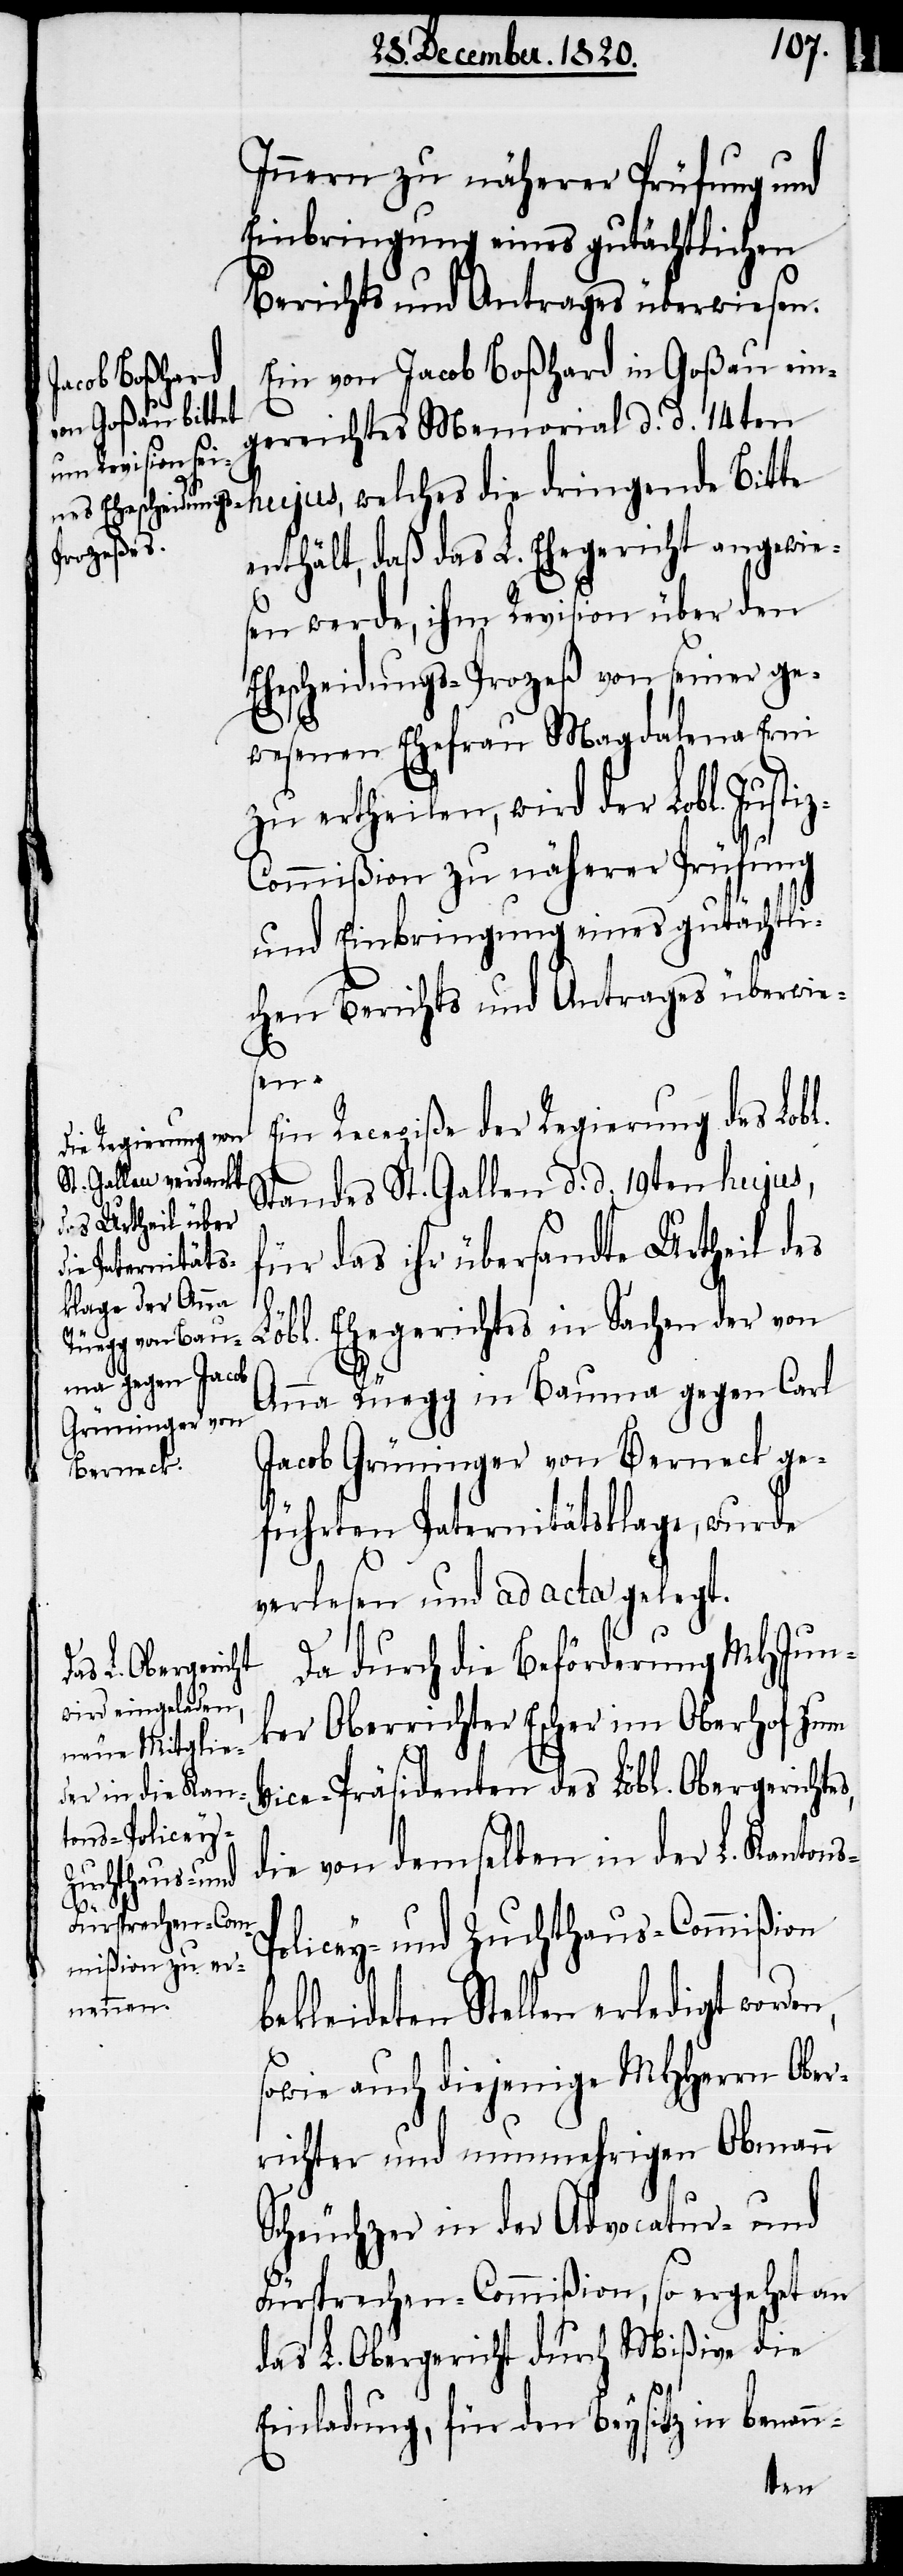
Innern näherer Prüfung und
Einbringung eines gutächtlichen
Berichts und Antrages überwiesen.
Ein von Jacob Boßhard in Goßau ein¬
gereichtes Memorial d. d. 14ten
hujus, welches die dringende Bitte
enthält, daß das L. Ehegericht angewie¬
sen werde, ihm Revision über den
Ehescheidungs-Prozeß von seiner ge¬
wesenen Ehefrau Magdalena Erni
zu ertheilen, wird der Lobl. Justi¬
z-Commißion zu näherer Prüfung
und Einbringung eines gutächtli¬
chen Berichts und Antrages überwies¬
n-
Ein Recepiße der Regierung des Lobl.
Standes St. Gallen d. d. 19ten hujus,
für das ihr übersandte Urtheil d¬
s-P¬
es Löbl. Ehegerichtes in Sachen der von
Anna Rüegg in Bauma gegen Carl
Jacob Grüninger von Berneck ge¬
führten Paternitätsklage, wurde
verlesen und ad acta gelegt.
Da durch die Beförderung MHJun¬
ker Oberrichter Escher im Oberhof zum
Vice-Präsidenten des Löbl. Obergericht¬
die von demselben in der L. Kanton¬
olicey- und Zuchthaus-Commißion
bekleideten Stellen erledigt worden,
sowie auch diejenige MHHerrn Ober¬
richter und nunmehrigen Obmann
Scheuchzer in der Advocatur- und
Fürsprechen-Commißion, so ergehet an
das L. Obergericht durch Mißive die
Einladung, für den Beysitz in benan¬